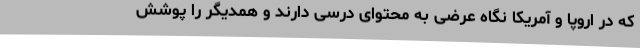
که در اروپا و آمریکا نگاه عرضی به محتوای درسی دارند و همدیگر را پوشش